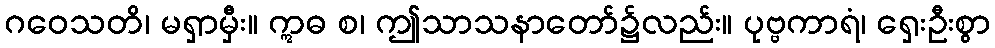
ဂဝေသတိ၊ မရှာမှီး။ ဣဓ စ၊ ဤသာသနာတော်၌လည်း။ ပုဗ္ဗကာရံ၊ ရှေးဦးစွာ